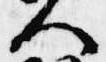
人